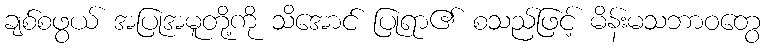
ချစ်စဖွယ် အပြုအမူတို့ကို သိအောင် ပြုရာ၏ စသည်ဖြင့် မိန်းမသဘာဝတွေ